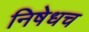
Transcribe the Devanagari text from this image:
निषेधच